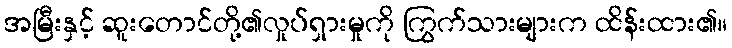
အမြီးနှင့် ဆူးတောင်တို့၏လှုပ်ရှားမှုကို ကြွက်သားများက ထိန်းထား၏။